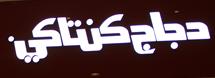
دجاج كنتاكي